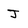
Character: J